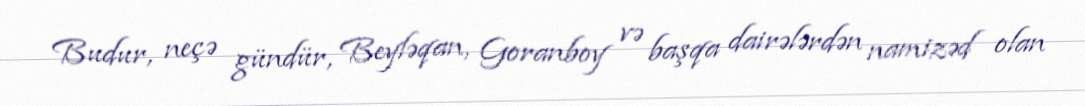
Budur, neçə gündür, Beyləqan, Goranboy və başqa dairələrdən namizəd olan